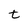
Character: t